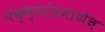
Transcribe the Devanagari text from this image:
पक्ष्यांप्रमाणेच